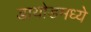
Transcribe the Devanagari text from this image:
डायोडमध्ये